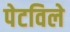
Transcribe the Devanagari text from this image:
पेटविले